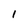
Character: I